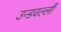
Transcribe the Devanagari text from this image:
उन्डवल्ली